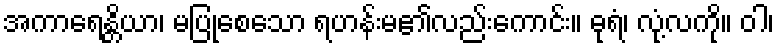
အကာရေန္တိယာ၊ မပြုစေသော ရဟန်းမ၏လည်းကောင်း။ ဓုရံ၊ လုံ့လကို။ ဝါ၊